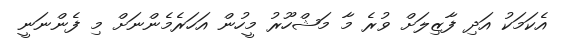
އެކަމަކު އަދި ފާޒިލަށް ވުރެ މާ މަޝްހޫރު މީހުން އަހަރެމެންނަށް މި ފެންނަނީ